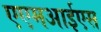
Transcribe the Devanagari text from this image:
एएमआईएस